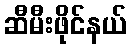
ဆီမီးဖိုင်နယ်